Lunatic asylums Central Provinces reports 1910-1926 - 1910-1926
Year: 1910
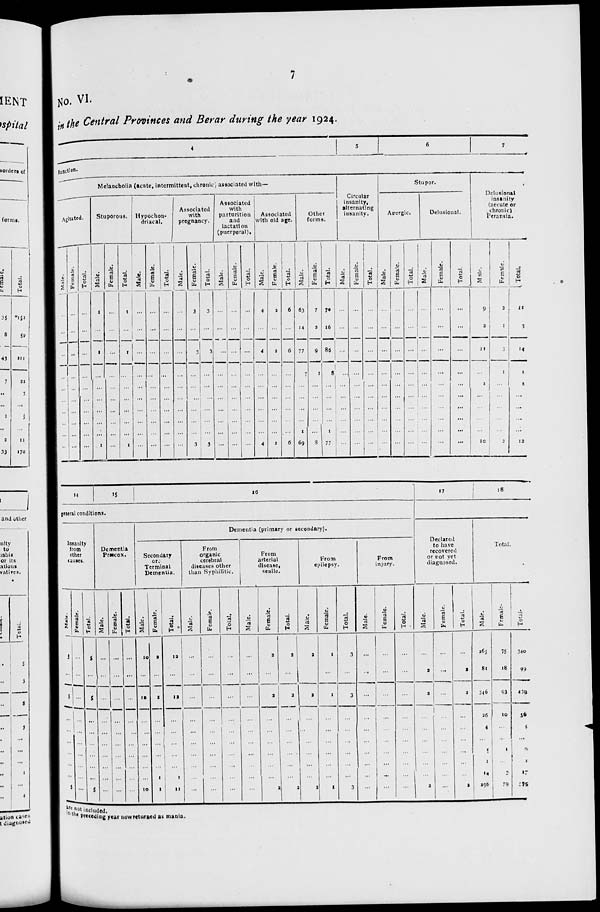
7
No. VI.
in the Central Provinces and Berar during the year 1924.
4
5
6
7
function.
Melancholia (acute, intermittent, chronic) associated with—
Agitated.
Male.
...
...
...
...
...
...
...
...
...
...
Female.
...
...
...
...
...
...
...
...
...
...
Total.
...
...
...
...
...
...
...
...
...
...
Stuporous.
Male.
1
...
1
...
...
...
...
...
...
1
Female.
...
...
...
...
...
...
...
...
...
...
Total.
1
...
1
...
...
...
...
...
...
1
Hypochon-
driacal.
Male.
...
...
...
...
...
...
...
...
...
...
Female.
...
...
...
...
...
...
...
...
...
...
Total.
...
...
...
...
...
...
...
...
...
...
Associated
with
pregnancy.
Male.
...
...
...
...
...
...
...
...
...
...
Female.
3
...
3
...
...
...
...
...
...
3
Total.
3
...
3
...
...
...
...
...
...
3
Associated
with
parturition
and
lactation
(puerperal).
Male.
...
...
...
...
...
...
...
...
...
...
Female.
...
...
...
...
...
...
...
...
...
...
Total.
...
...
...
...
...
...
...
...
...
...
Associated
with old age.
Male.
4
...
4
...
...
...
...
...
...
4
Female.
2
...
2
...
...
...
...
...
...
2
Total.
6
...
6
...
...
...
...
...
...
6
Other
forms.
Male.
63
14
77
7
...
...
...
...
1
69
Female.
7
2
9
1
...
...
...
...
...
8
Total.
70
16
86
8
...
...
...
...
1
77
Circular
insanity,
alternating
insanity.
Male.
...
...
...
...
...
...
...
...
...
...
Female.
...
...
...
...
...
...
...
...
...
...
Total.
...
...
...
...
...
...
...
...
...
...
Stupor.
Anergic.
Male.
...
...
...
...
...
...
...
...
...
...
Female.
...
...
...
...
...
...
...
...
...
...
Total.
...
...
...
...
...
...
...
...
...
...
Delusional.
Male.
...
...
...
...
...
...
...
...
...
...
Female.
...
...
...
...
...
...
...
...
...
...
Total.
...
...
...
...
...
...
...
...
...
...
Delusional
insanity
(aecute or
chronic)
Peransia.
Male.
9
2
11
...
1
...
...
...
...
10
Female.
2
1
3
1
...
...
...
...
...
2
Total.
11
3
14
1
1
...
...
...
...
12
14
15
16
general conditions.
Insanity
from
other
causes.
Male.
5
...
5
...
...
...
...
...
...
5
Female.
..
...
...
...
...
...
...
...
...
...
Total.
5
...
5
...
...
...
...
...
...
5
Dementia
Præcox.
Male.
...
...
...
...
...
...
...
...
...
...
Female.
...
...
...
...
...
...
...
...
...
...
Total.
...
...
...
...
...
...
...
...
...
...
Dementia (primary or secondary).
Secondary
or
Terminal
Dementia.
Male.
10
...
10
...
...
...
...
...
...
10
Female.
2
...
2
...
...
...
...
...
1
1
Total.
12
...
12
...
...
...
...
...
1
11
From
organic
cerebral
diseases other
than Syphilitic.
Male.
...
...
...
...
...
...
...
...
...
...
Female.
...
...
...
...
...
...
...
...
...
...
Total.
...
...
...
...
...
...
...
...
...
...
From
arterial
disease,
senile.
Male.
...
...
...
...
...
...
...
...
...
...
Female.
2
...
2
...
...
...
...
...
...
2
Total.
2
...
2
...
...
...
...
...
...
2
From
epilepsy.
Male.
2
...
2
...
...
...
...
...
...
2
Female.
1
...
1
...
...
...
...
...
...
1
Total.
3
...
3
...
...
...
...
...
...
3
From
injury.
Male.
...
...
...
...
...
...
...
...
...
...
Female.
...
...
...
...
...
...
...
...
...
...
Total.
...
...
...
...
...
...
...
...
...
...
17
18
Declared
to have
recovered
or not yet
diagnosed.
Male.
...
2
2
...
...
...
...
...
...
2
Female.
...
...
...
...
...
...
...
...
...
...
Total.
...
2
2
...
...
...
...
...
...
2
Total.
Male.
265
81
346
26
4
...
5
1
14
296
Female.
75
18
93
10
...
...
1
...
2
79
Total.
340
99
439
36
4
...
6
1
17
375
are not included.
in the preceding year now returned as mania.